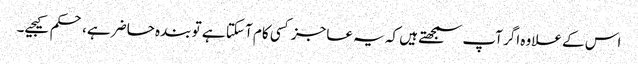
اس کے علاوہ اگر آپ سمجھتے ہیں کہ یہ عاجز کسی کام آ سکتا ہے تو بندہ حاضر ہے، حکم کیجیے۔